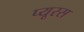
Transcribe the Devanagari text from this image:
प्यूरस